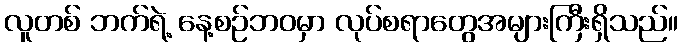
လူတစ် ဘက်ရဲ့ နေ့စဉ်ဘဝမှာ လုပ်စရာတွေအများကြီးရှိသည်။